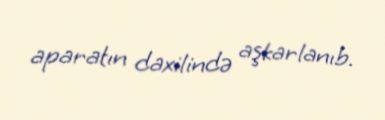
aparatın daxilində aşkarlanıb.